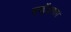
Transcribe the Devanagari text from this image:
सर्व्हेक्षणात